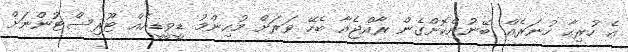
އެ ހުރިހާ ހުނަރެއް ބޭނުންކޮށްގެން ރާއްޖެއާ ބެހޭ ވަރަށް މުހިންމު ޑީވީޑީއެއް ޓޫރިސްޓުންނަށް